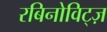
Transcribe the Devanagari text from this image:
रबिनोविट्ज़